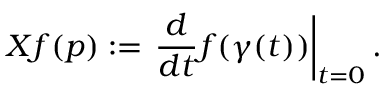
X f ( p ) : = \left. { \frac { d } { d t } } f ( \gamma ( t ) ) \right| _ { t = 0 } .